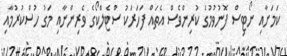
ކަމަށާއި ނޯޓިސް ފޮނުވުމުގެ ކުރިންވެސް އެތައް ފަހަރަކު ސްޓެލްކޯގެ ވެރިންނާއި މަގު ހުސްކުރުމާއި